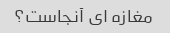
مغازه ای آنجاست؟